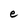
Character: e